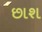
છાશ